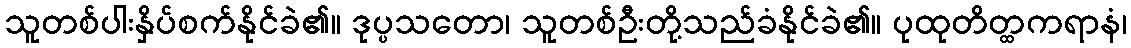
သူတစ်ပါးနှိပ်စက်နိုင်ခဲ၏။ ဒုပ္ပသတော၊ သူတစ်ဦးတို့သည်ခံနိုင်ခဲ၏။ ပုထုတိတ္ထကရာနံ၊